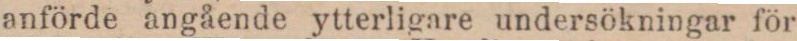
anförde angående ytterligare undersökningar för